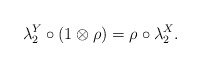
\begin{gather*}\lambda_2^Y\circ (1\otimes\rho)=\rho\circ\lambda_2^X.\end{gather*}